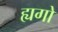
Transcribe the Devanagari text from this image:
ह्यगो